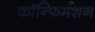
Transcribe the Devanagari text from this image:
कॉन्फिर्मशन